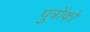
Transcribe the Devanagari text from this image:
पुत्राेंकाे